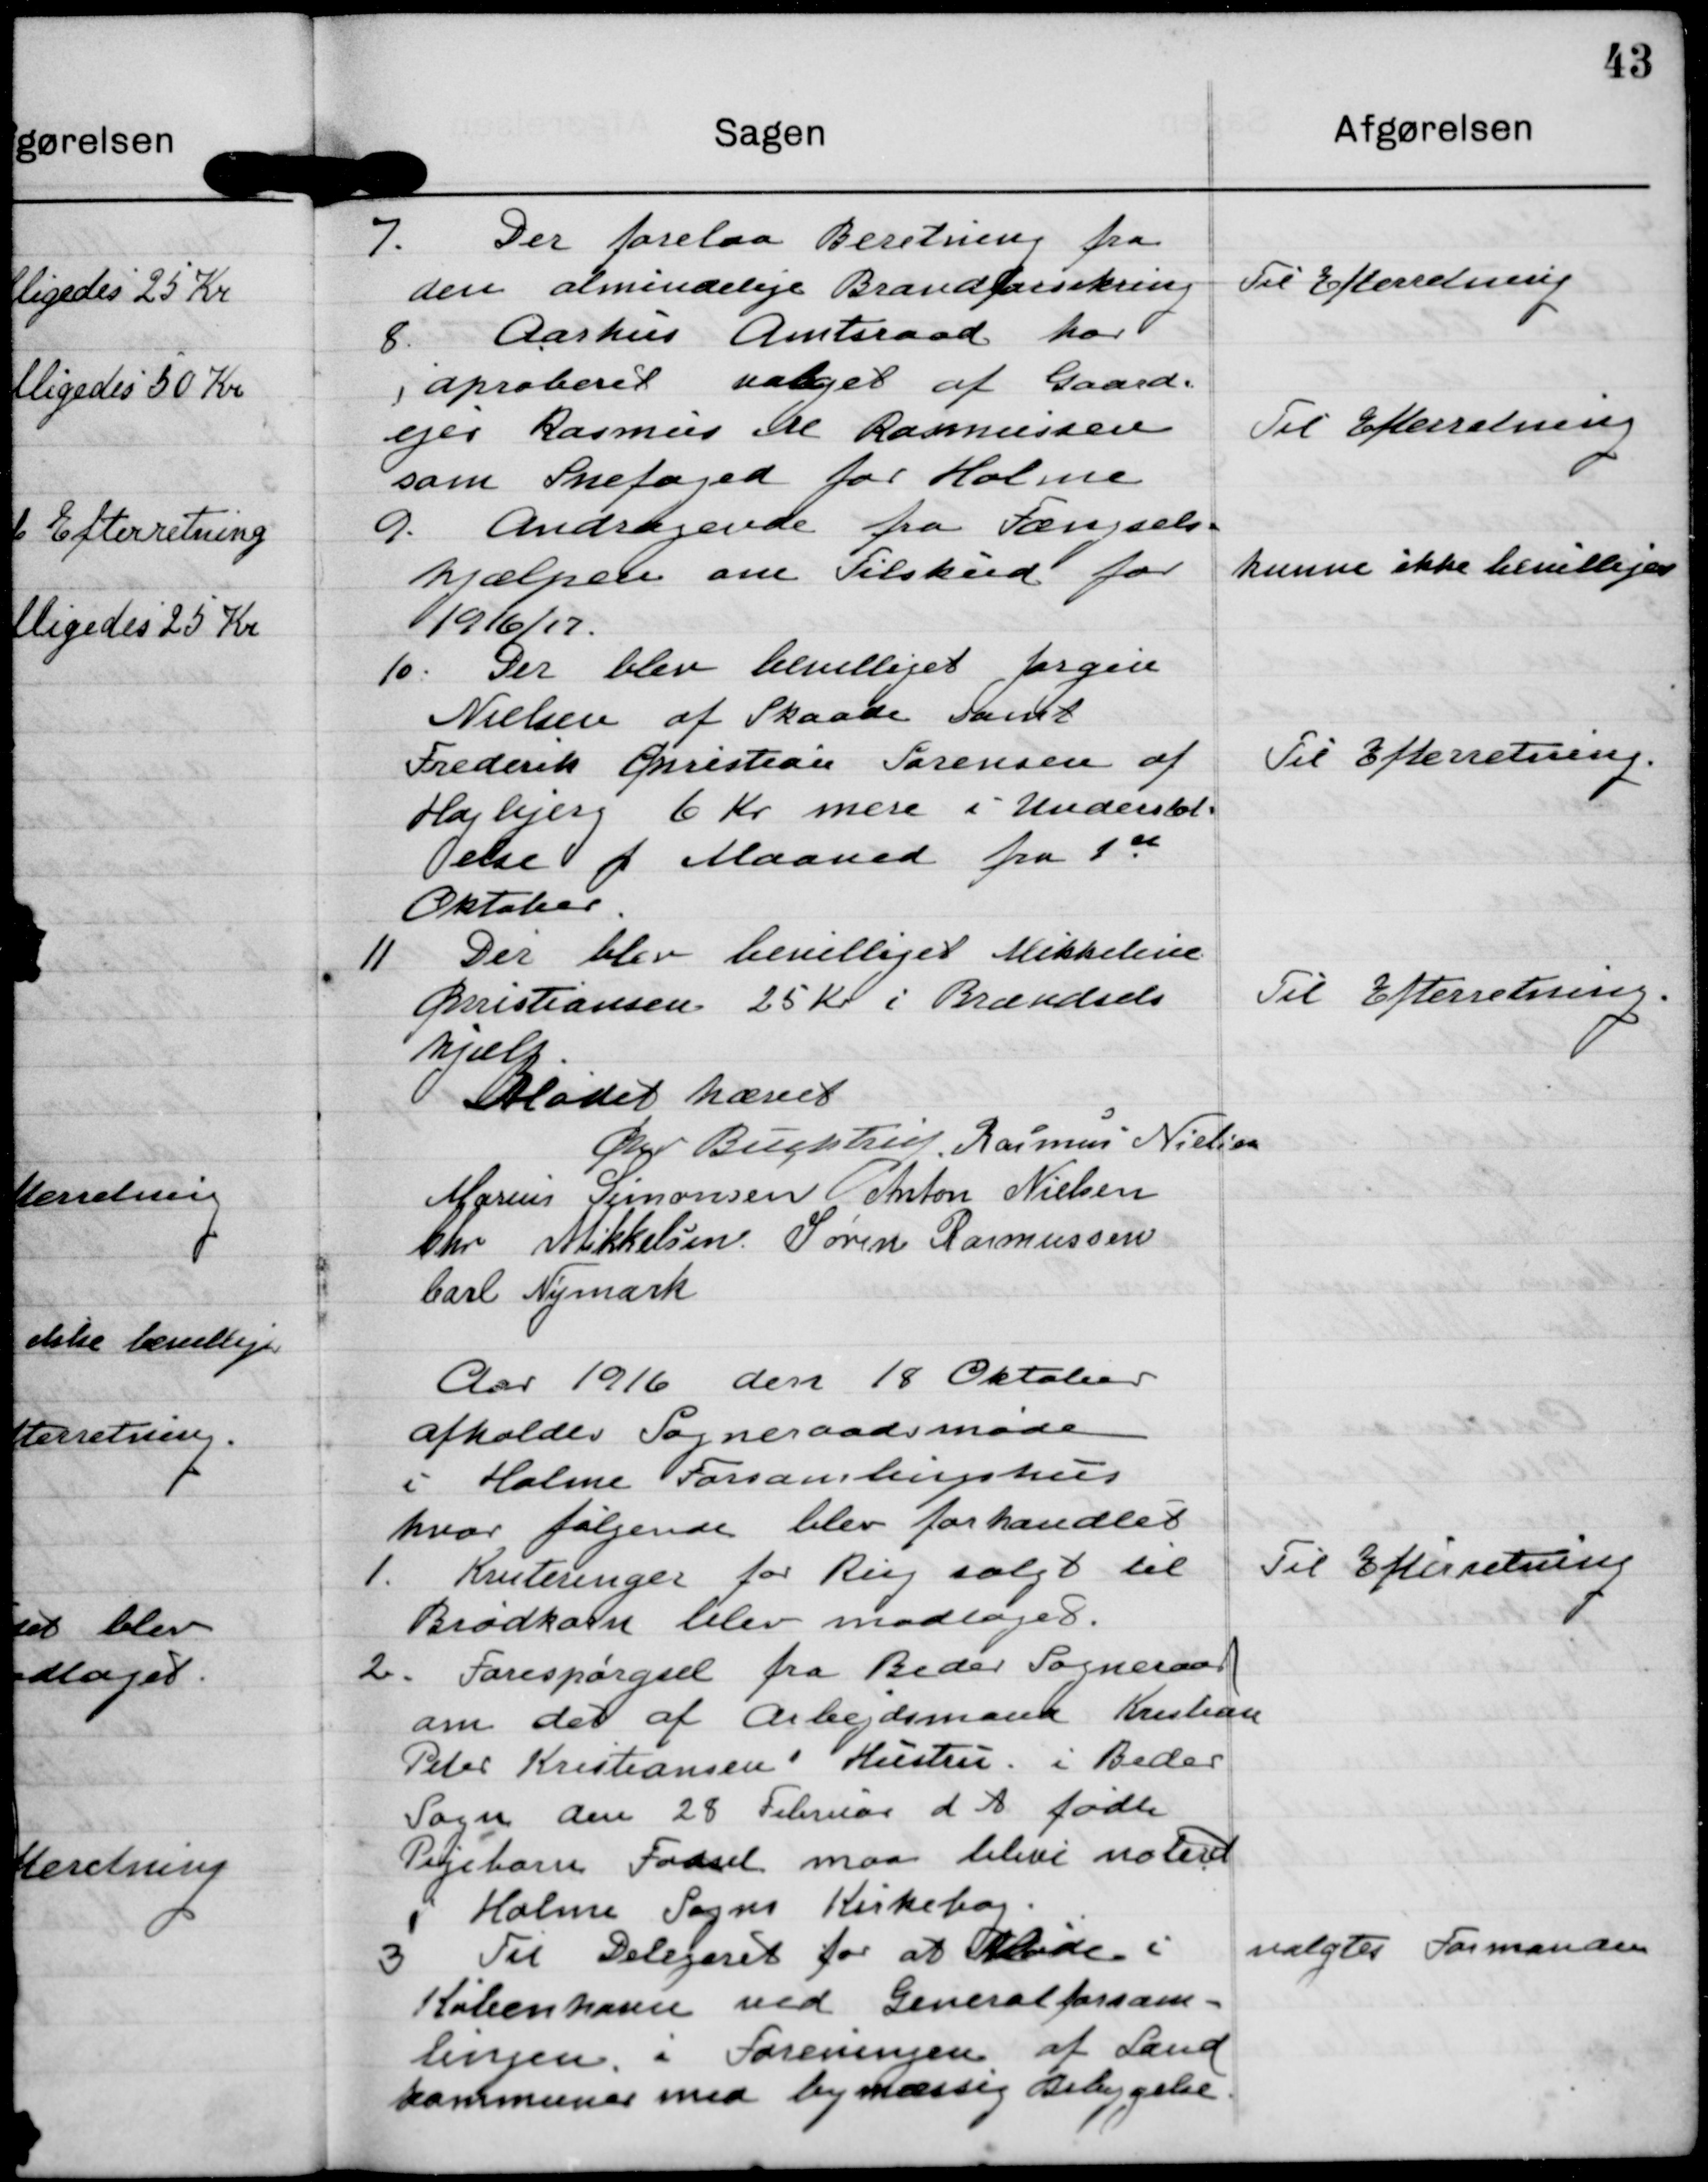
Transskription:
7. Der forelaa Beretning fra
den almindelige Brandforsikren

Til Efterretning

8 Aarhus Amtsraad har
aproberet valget af Gaard.
ejer Rasmus Ml Rasmussen
som Snefoged for Holme

Til Efterretning

A. Andragende fra Fængsels
hjælpede om Tilskud for
1916/7.

kunne ikke hevelliges

10. Der blev bevilliget førgen
Nielsen at Skaade Famt
Frederik Cristian Sørensen af
Hajbjerg 6 Kr mere i Understøt-
else f Maaned fra 1ste
Oktobeer

Til Efterretning.

11. Der blev bevilliget Mikkeleve
Cristiansen 25 kr i Brændsels
hjælp.

Til Efterretning.

Mødet hævet

G Bregstre

Rasmus Nielsen

Marius Simonsen

Anton Nielsen

Chr Mikkelsen

Søren Rasmussen

Carl Nemark

Aar 1916 den 18 Oktober
afholdes Sogneraadsmøde
i Holme Forsamlingshus
hvor følgende blev forhandlet

1. Kriteringer for Rug salgt til
Brødkalm blev modtages.

Til Efterretning

2. Forespørgsel fra Beder Sogneraad
om det af Arbejdsmand Kristian
Peter Kristiansen Hustru i Beder
Sogn den 28 Februar d. A. fødte
Pegebarn Fødsel maa blive noteret
i Holme Sogns Kirkebog.

3 Til Delegeret for at Møde i
Købeenhavvn med Generalforsam-
lingen i Foreningen af Land
kommuner med bymæssig Bebejgelse.

valgtes Formanden